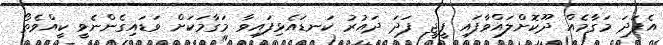
އެފަދަ މަގާމެއް ދޫކޮށްލައްވާފައި ޕީޖީ ފަދަ ދައުރު ކަނޑައެޅިފައިވާ މަގާމަކަށް ވަޑައިގެންނެވީ ކީއްވެތޯ